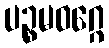
ပဉ္စမဝဂ္ဂေ